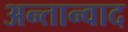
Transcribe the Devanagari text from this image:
अन्तान्वाद